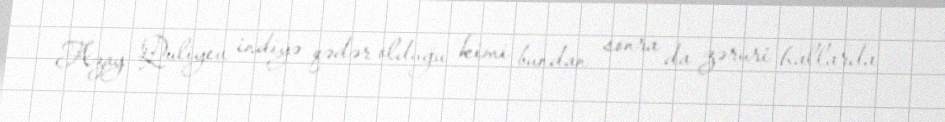
Azay Quliyev indiyə qədər olduğu kimi bundan sonra da zəruri hallarda